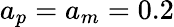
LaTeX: a_{p}=a_{m}=0.2